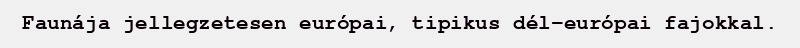
Faunája jellegzetesen európai, tipikus dél-európai fajokkal.